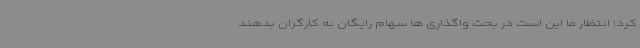
کرد: انتظار ما این است در بحث واگذاری ها سهام رایگان به کارگران بدهند